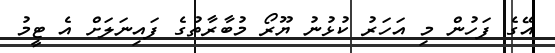
އޭގެ ފަހުން މި އަހަރު ކުޅުނު ޔޫރޯ މުބާރާތުގެ ފައިނަލަށް އެ ޓީމު